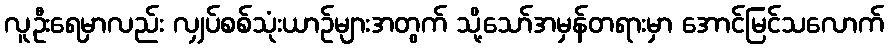
လူဦးရေမှာလည်း လျှပ်စစ်သုံးယာဉ်များအတွက် သို့သော်အမှန်တရားမှာ အောင်မြင်သလောက်